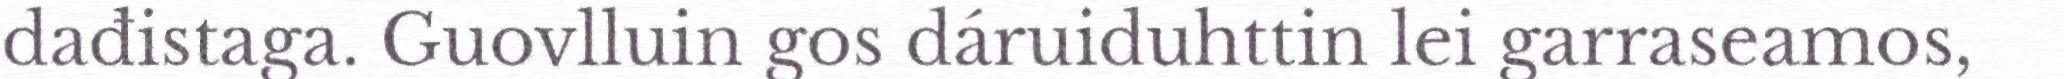
dađistaga. Guovlluin gos dáruiduhttin lei garraseamos,